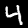
Digit: 4